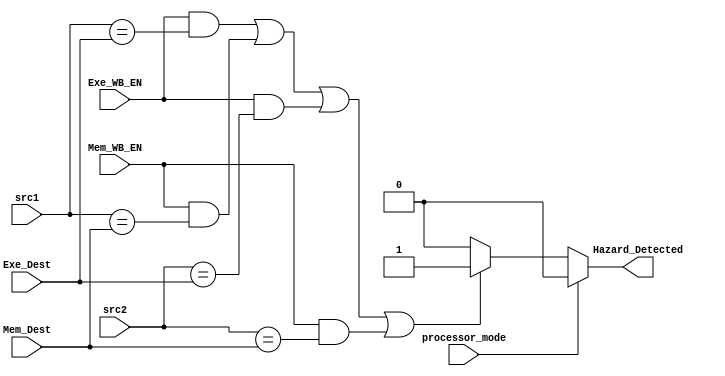
module Hazard_Detection_Unit (
    input [3:0] src1,
    src2,
    Exe_Dest,
    input Exe_WB_EN,
    processor_mode,
    input [3:0] Mem_Dest,
    input Mem_WB_EN,
    output reg Hazard_Detected
);
  always @(src1, src2, Exe_WB_EN, Mem_Dest, Mem_WB_EN, Exe_Dest, processor_mode) begin
    Hazard_Detected = 1'b0;
    if (~processor_mode) begin
      if ((Exe_WB_EN & (src1 == Exe_Dest))|
          (Mem_WB_EN & (src1 == Mem_Dest))|
          (Exe_WB_EN & (src2 == Exe_Dest))|
          (Mem_WB_EN & (src2 == Mem_Dest)))
        Hazard_Detected = 1'b1;
    end
  end
endmodule